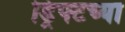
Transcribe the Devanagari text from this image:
ड्रिफ्टच्या